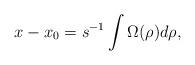
LaTeX: \begin{align*}x-x_0=s^{-1} \int \Omega(\rho) d\rho ,\end{align*}